Indian journal of veterinary science and animal husbandry - Volumes 18-21, 1948-1951
Year: 1948
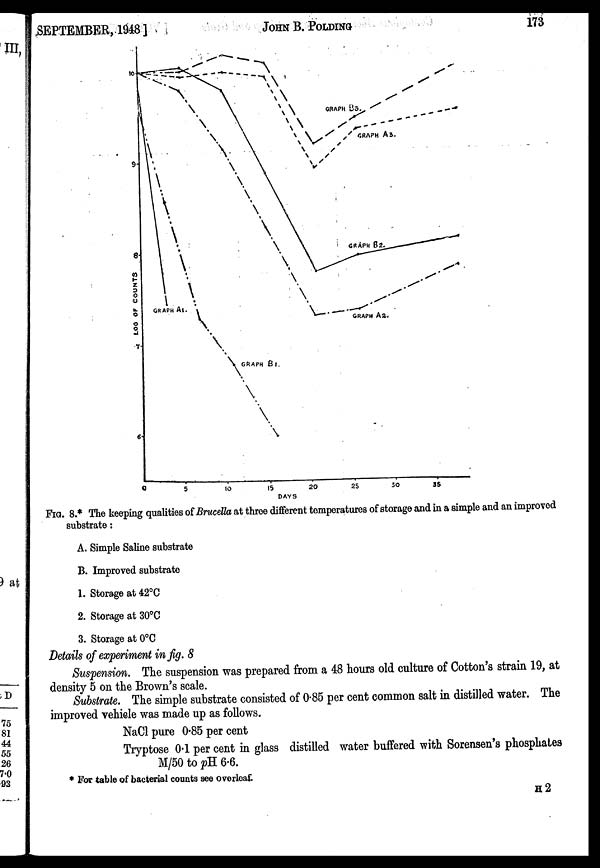
SEPTEMBER, 1948]
JOHN
B.
POLDING
173
FIG. 8.* The keeping qualities of Brucella at three different temperatures of storage and in a simple and an improved
substrate:
A. Simple Saline substrate
B. Improved substrate
1. Storage at 42°C
2. Storage at 30°C
3. Storage at 0°C
Details of experiment in fig. 8
Suspension. The suspension was prepared from a 48 hours old culture of Cotton's strain 19, at
density 5 on the Brown's scale.
Substrate. The simple substrate consisted of 0.85 per cent common salt in distilled water. The
improved vehicle was made up as follows.
NaCl pure 0.85 per cent
Tryptose 0.1 per cent in glass distilled water buffered with Sorensen's phosphates
M/50 to pH 6.6.
* For table of bacterial counts see overleaf.
H 2